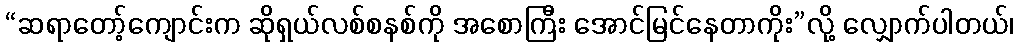
“ဆရာတော့်ကျောင်းက ဆိုရှယ်လစ်စနစ်ကို အစောကြီး အောင်မြင်နေတာကိုး”လို့ လျှောက်ပါတယ်၊